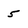
Character: 5